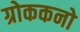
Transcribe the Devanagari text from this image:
ग्रोककनो